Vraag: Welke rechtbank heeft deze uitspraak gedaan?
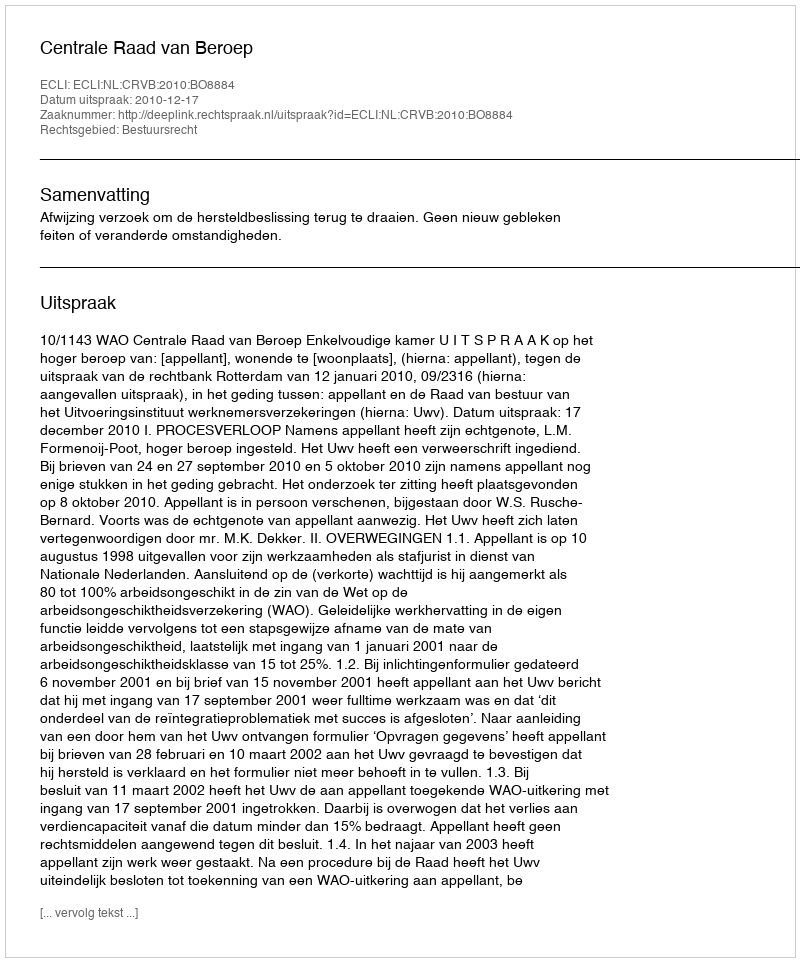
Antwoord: Centrale Raad van Beroep